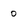
Character: 0